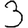
Digit: 3